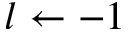
l \gets - 1